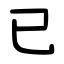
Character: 已